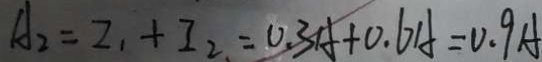
A _ { 2 } = I _ { 1 } + I _ { 2 } = 0 . 3 A + 0 . 6 A = 0 . 9 A